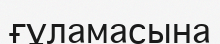
ғұламасына